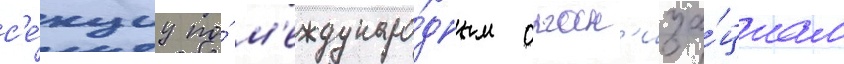
с'е́кциу по́ м'еждунаро́дным орган'иза́циам